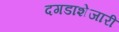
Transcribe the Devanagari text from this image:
दगडाशेजारी